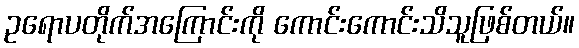
ဥရောပတိုက်အကြောင်းကို ကောင်းကောင်းသိသူဖြစ်တယ်။